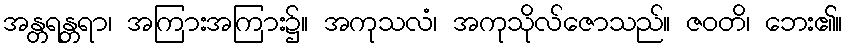
အန္တရန္တရာ၊ အကြားအကြား၌။ အကုသလံ၊ အကုသိုလ်ဇောသည်။ ဇဝတိ၊ ဘေး၏။